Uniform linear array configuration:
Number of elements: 8
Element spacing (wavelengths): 0.5
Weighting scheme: cosine
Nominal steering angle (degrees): -60
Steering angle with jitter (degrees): -61.444
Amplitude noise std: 0.05
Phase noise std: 0.05

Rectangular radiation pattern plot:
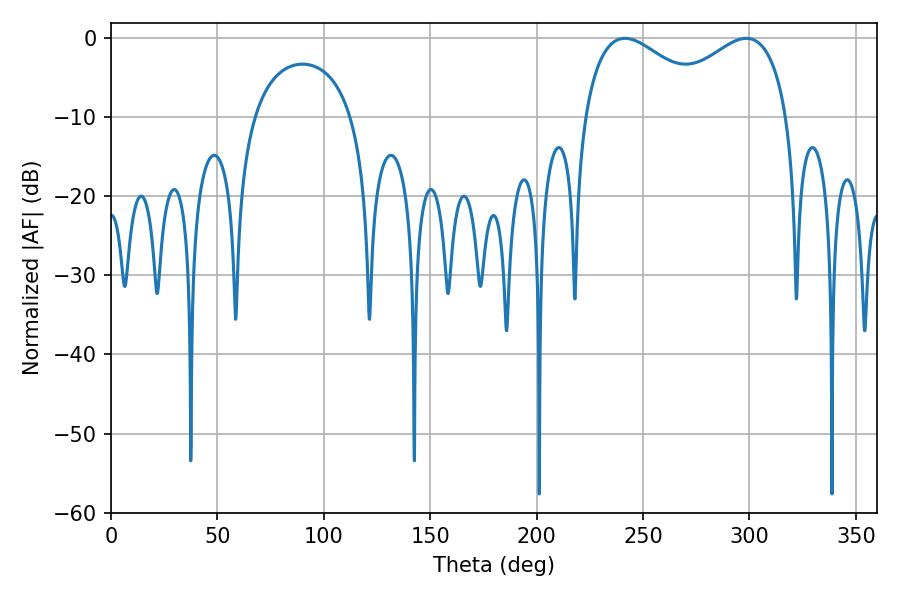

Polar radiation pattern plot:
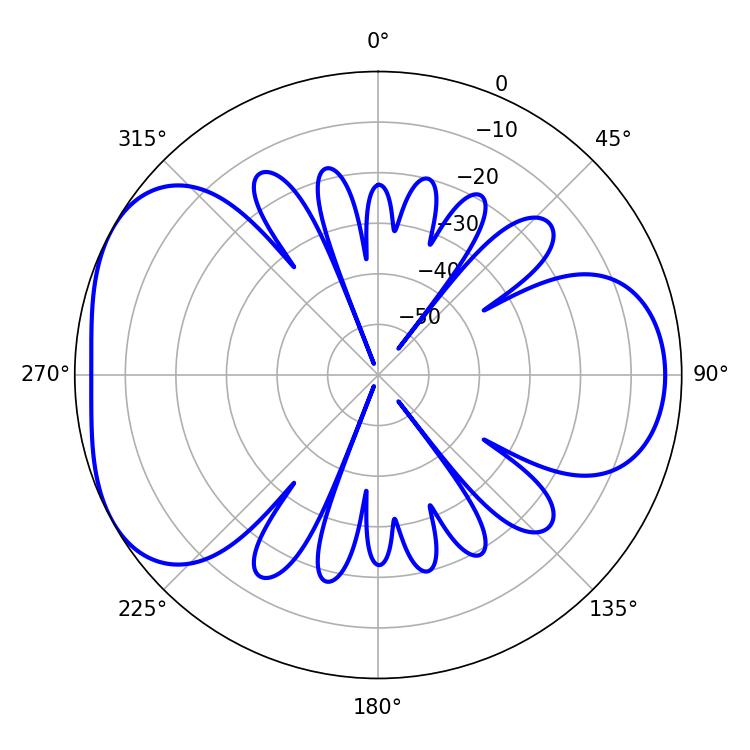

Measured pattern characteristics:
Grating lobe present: FALSE
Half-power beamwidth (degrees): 34.74
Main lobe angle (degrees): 241.56